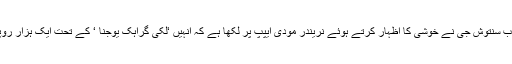
میسور سے جناب سنتوش جی نے خوشی کا اظہار کرتے ہوئے نریندر مودی ایپپ پر لکھا ہے کہ انہیں ‘لکی گراہک یوجنا ‘ کے تحت ایک ہزار روپے کا انعام ملا۔